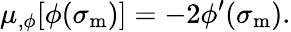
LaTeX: \mu_{,\phi}[\phi(\sigma_{\mathrm{m}})]=-2\phi^{\prime}(\sigma_{\mathrm{m}}).